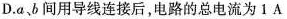
D.a、b间用导线连接后，电路的总电流为1A